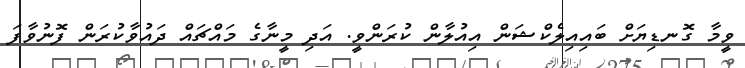
ވީމާ ގޮނޑިޔަށް ބައިއިލެކްޝަން އިއުލާން ކުރަންވީ. އަދި މީނާގެ މައްޗައް ދައުވާކުރަން ފޮނުވާފަ